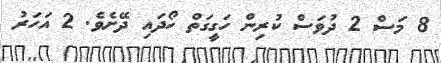
8 މަސް 2 ދުވަސް ކުރިން ހަގީގަތް ހޯދައި ދޭށެވެ. 2 އަހަރު